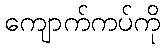
ကျောက်ကပ်ကို